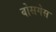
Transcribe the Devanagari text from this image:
वोसगेस